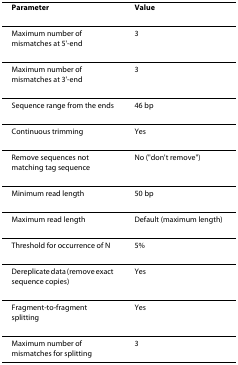
| Parameter | Value |
 | --- | --- |
 | Maximum number of mismatches at 5'-end | 3 |
 | Maximum number of mismatches at 3'-end | 3 |
 | Sequence range from the ends | 46 bp |
 | Continuous trimming | Yes |
 | Remove sequences not matching tag sequence | No ("don't remove") |
 | Minimum read length | 50 bp |
 | Maximum read length | Default (maximum length) |
 | Threshold for occurrence of N | 5% |
 | Dereplicate data (remove exact sequence copies) | Yes |
 | Fragment-to-fragment splitting | Yes |
 | Maximum number of mismatches for splitting | 3 |